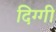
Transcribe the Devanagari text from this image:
दिग्गी